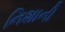
નિશાની